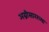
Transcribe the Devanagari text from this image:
अग्नीसारख्या